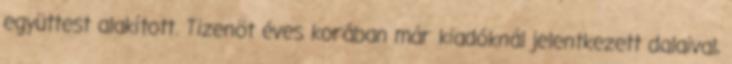
együttest alakított. Tizenöt éves korában már kiadóknál jelentkezett dalaival,